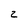
Character: z